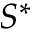
S ^ { * }